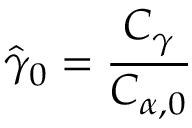
\hat { \gamma } _ { 0 } = \frac { C _ { \gamma } } { C _ { \alpha , 0 } }